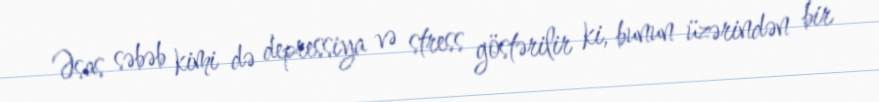
Əsas səbəb kimi də depressiya və stress göstərilir ki, bunun üzərindən bir